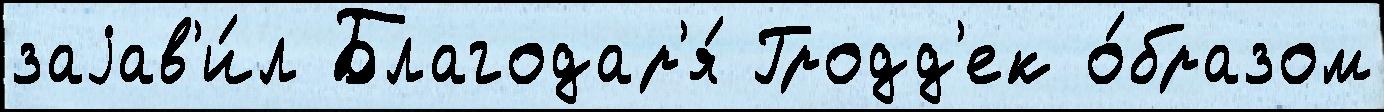
заjав'и́л Благодар'я́ Гродд'ек о́бразом